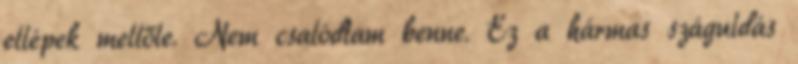
ellépek mellőle. Nem csalódtam benne. Ez a hármas száguldás